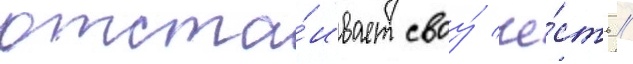
отста́ивает своу́ че́сть //